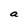
Character: a